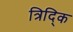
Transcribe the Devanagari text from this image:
त्रिद्कि